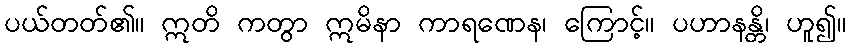
ပယ်တတ်၏။ ဣတိ ကတွာ ဣမိနာ ကာရဏေန၊ ကြောင့်။ ပဟာနန္တိ၊ ဟူ၍။